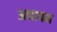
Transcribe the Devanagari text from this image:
अद्यापन